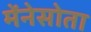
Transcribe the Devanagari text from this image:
मेंनेसोता